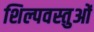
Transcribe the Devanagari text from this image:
शिल्पवस्तुओं